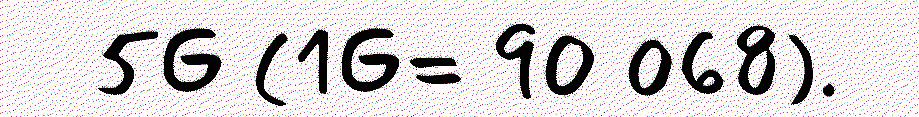
5G (1G= 90 068).